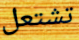
تشتعل